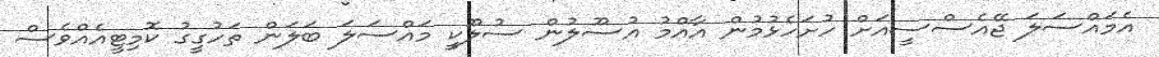
އެމައްސަލަ ޖޭއެސްސީއަށް ހުށަހެޅުމުން އާއްމު އުސޫލުން ސުލޫކީ މައްސަލަ ބަލަން ތަހުގީގު ކޮމިޓީއެއްވެސް